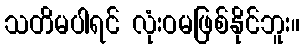
သတိမပါရင် လုံးဝမဖြစ်နိုင်ဘူး။